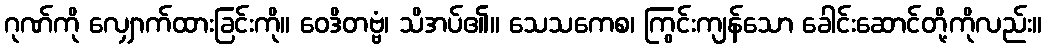
ဂုဏ်ကို လျှောက်ထားခြင်းကို။ ဝေဒိတဗ္ဗံ၊ သိအပ်၏။ သေသကေစ၊ ကြွင်းကျန်သော ခေါင်းဆောင်တို့ကိုလည်း။